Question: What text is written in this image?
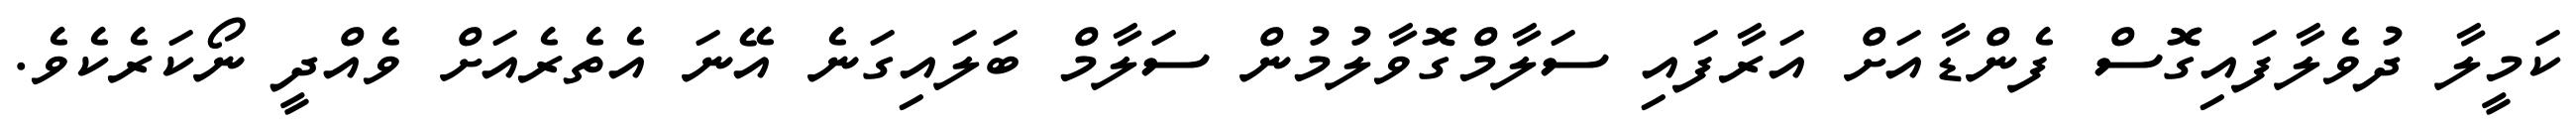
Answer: ކަމީލާ ދުވެލާފައިގޮސް ފެންޑާއަށް އަރާފައި ސަލާމްގޮވާލުމުން ސަލާމް ބަލައިގަނެ އޭނަ އެތެރެއަށް ވެއްދީ ނޯކަރެކެވެ.